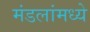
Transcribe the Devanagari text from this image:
मंडलांमध्ये